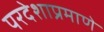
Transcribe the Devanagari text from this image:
परदेशाप्रमाणे